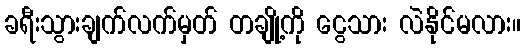
ခရီးသွားချက်လက်မှတ် တချို့ကို ငွေသား လဲနိုင်မလား။